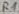
Text: R1